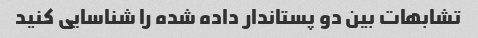
تشابهات بین دو پستاندار داده شده را شناسایی کنید